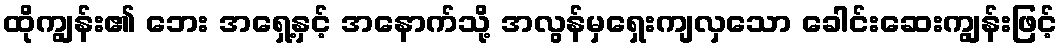
ထိုကျွန်း၏ ဘေး အရှေ့နှင့် အနောက်သို့ အလွန်မှရှေးကျလှသော ခေါင်းဆေးကျွန်းဖြင့်